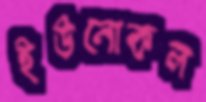
ইউনোকল